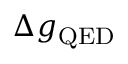
\Delta g _ { \mathrm { Q E D } }